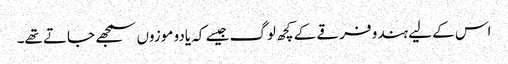
اس کے لیے ہندو فرقے کے کچھ لوگ جیسے کہ یادو موزوں سمجھے جاتے تھے۔